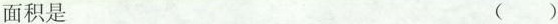
面积是 ()